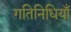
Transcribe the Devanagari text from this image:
गतिनिधियाँ